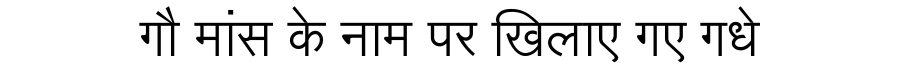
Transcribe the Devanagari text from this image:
गौ मांस के नाम पर खिलाए गए गधे